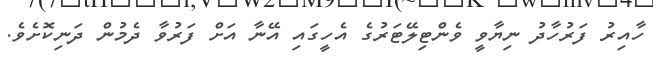
ހާއިރު ފަރުހާދު ނިޔާވީ ވެންޓިލޭޓަރުގެ އެހީގައި އޭނާ އަށް ފަރުވާ ދެމުން ދަނިކޮށެވެ.